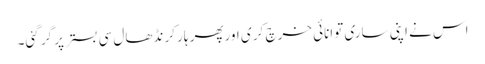
اس نے اپنی ساری توانائی خرچ کر ی اورپھر ہار کر نڈھال سی بستر پر گر گئی۔